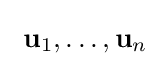
\ \mathbf {u} _{1},\ldots ,\mathbf {u} _{n}